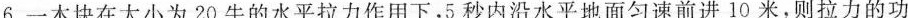
6.一木块在大小为20牛的水平拉力作用下，5秒内沿水平地面匀速前进10米，则拉力的功